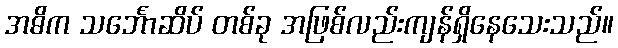
အဓိက သင်္ဘောဆိပ် တစ်ခု အဖြစ်လည်းကျန်ရှိနေသေးသည်။